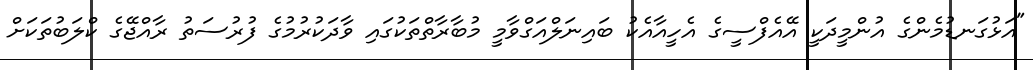
"އަޅުގަނޑުމެންގެ އުންމީދަކީ އޭއެފްސީގެ އެހީއާއެކު ބައިނަލްއަގްވާމީ މުބާރާތްތަކުގައި ވާދަކުރުމުގެ ފުރުސަތު ރާއްޖޭގެ ކްލަބުތަކަށް